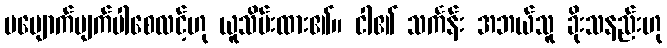
မပျောက်ပျက်ပါစေလင့်ဟု ယူသိမ်းထား၏။ ငါ၏ သင်္ကန်း အဘယ်သူ ခိုးသနည်းဟု